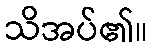
သိအပ်၏။